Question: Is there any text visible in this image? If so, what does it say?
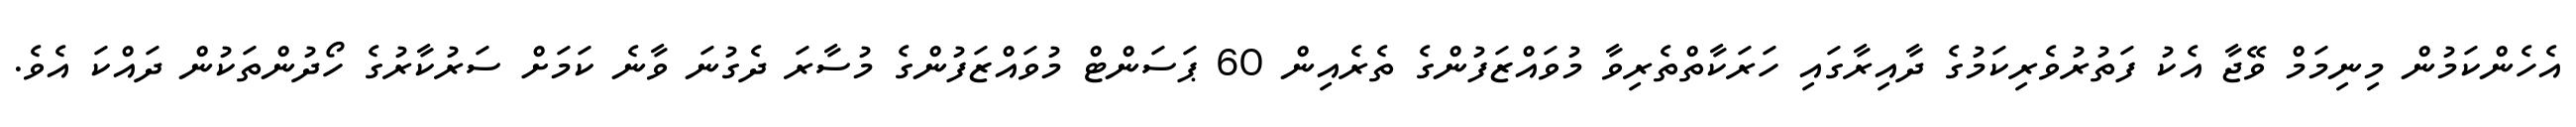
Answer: އެހެންކަމުން މިނިމަމް ވޭޖާ އެކު ފަތުރުވެރިކަމުގެ ދާއިރާގައި ހަރަކާތްތެރިވާ މުވައްޒަފުންގެ ތެރެއިން 60 ޕަސަންޓް މުވައްޒަފުންގެ މުސާރަ ދެގުނަ ވާނެ ކަމަށް ސަރުކާރުގެ ހޯދުންތަކުން ދައްކަ އެވެ.